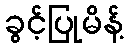
ခွင့်ပြုမိန့်